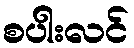
စပါးလင်